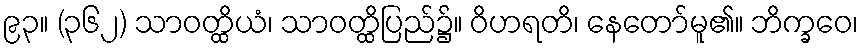
၉၃။ (၃၆၂) သာဝတ္ထိယံ၊ သာဝတ္ထိပြည်၌။ ဝိဟရတိ၊ နေတော်မူ၏။ ဘိက္ခဝေ၊